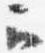
云